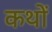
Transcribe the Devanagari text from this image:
कथों